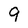
Character: 9